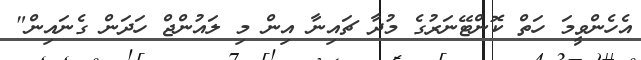
އެހެންވީމަ ހަތް ކޮންޓޭނަރުގެ މުދާ ޗައިނާ އިން މި ލައުންޖް ހަދަން ގެނައިން"